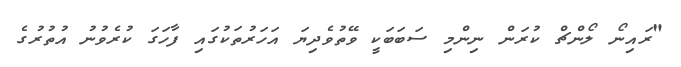
"ރައިނޯ ލޯންޗް ކުރަން ނިންމި ސަބަބަކީ ވޭތުވެދިޔަ އަހަރުތަކުގައި ފާހަގަ ކުރެވުނު އުތުރުގެ